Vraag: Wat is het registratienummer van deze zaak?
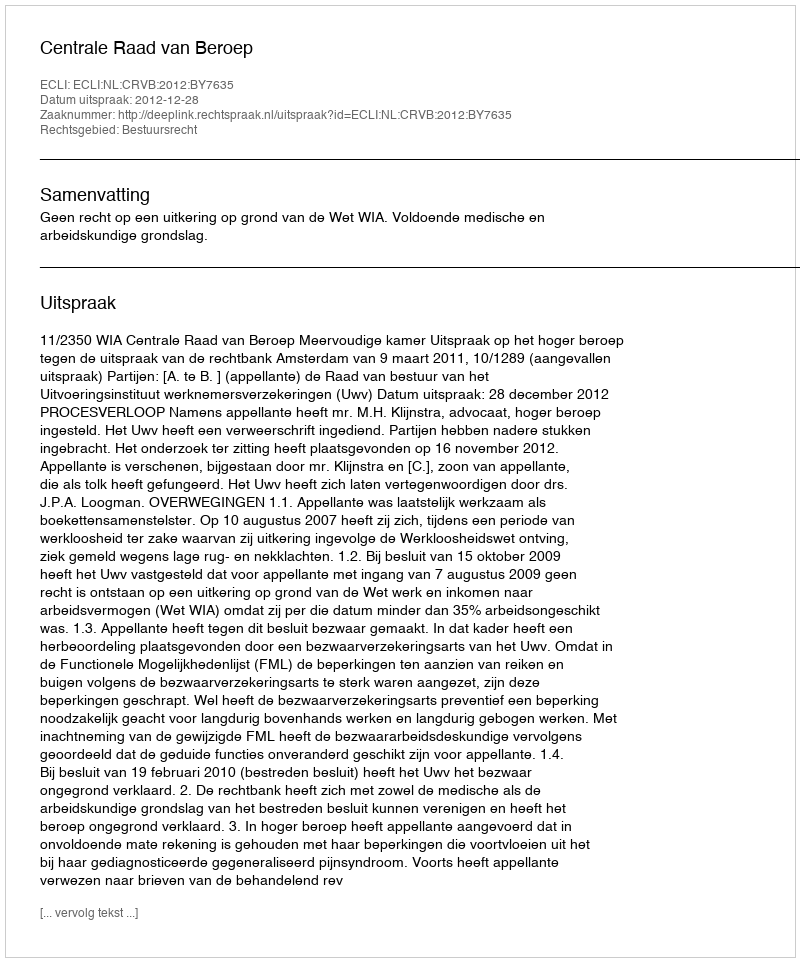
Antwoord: http://deeplink.rechtspraak.nl/uitspraak?id=ECLI:NL:CRVB:2012:BY7635